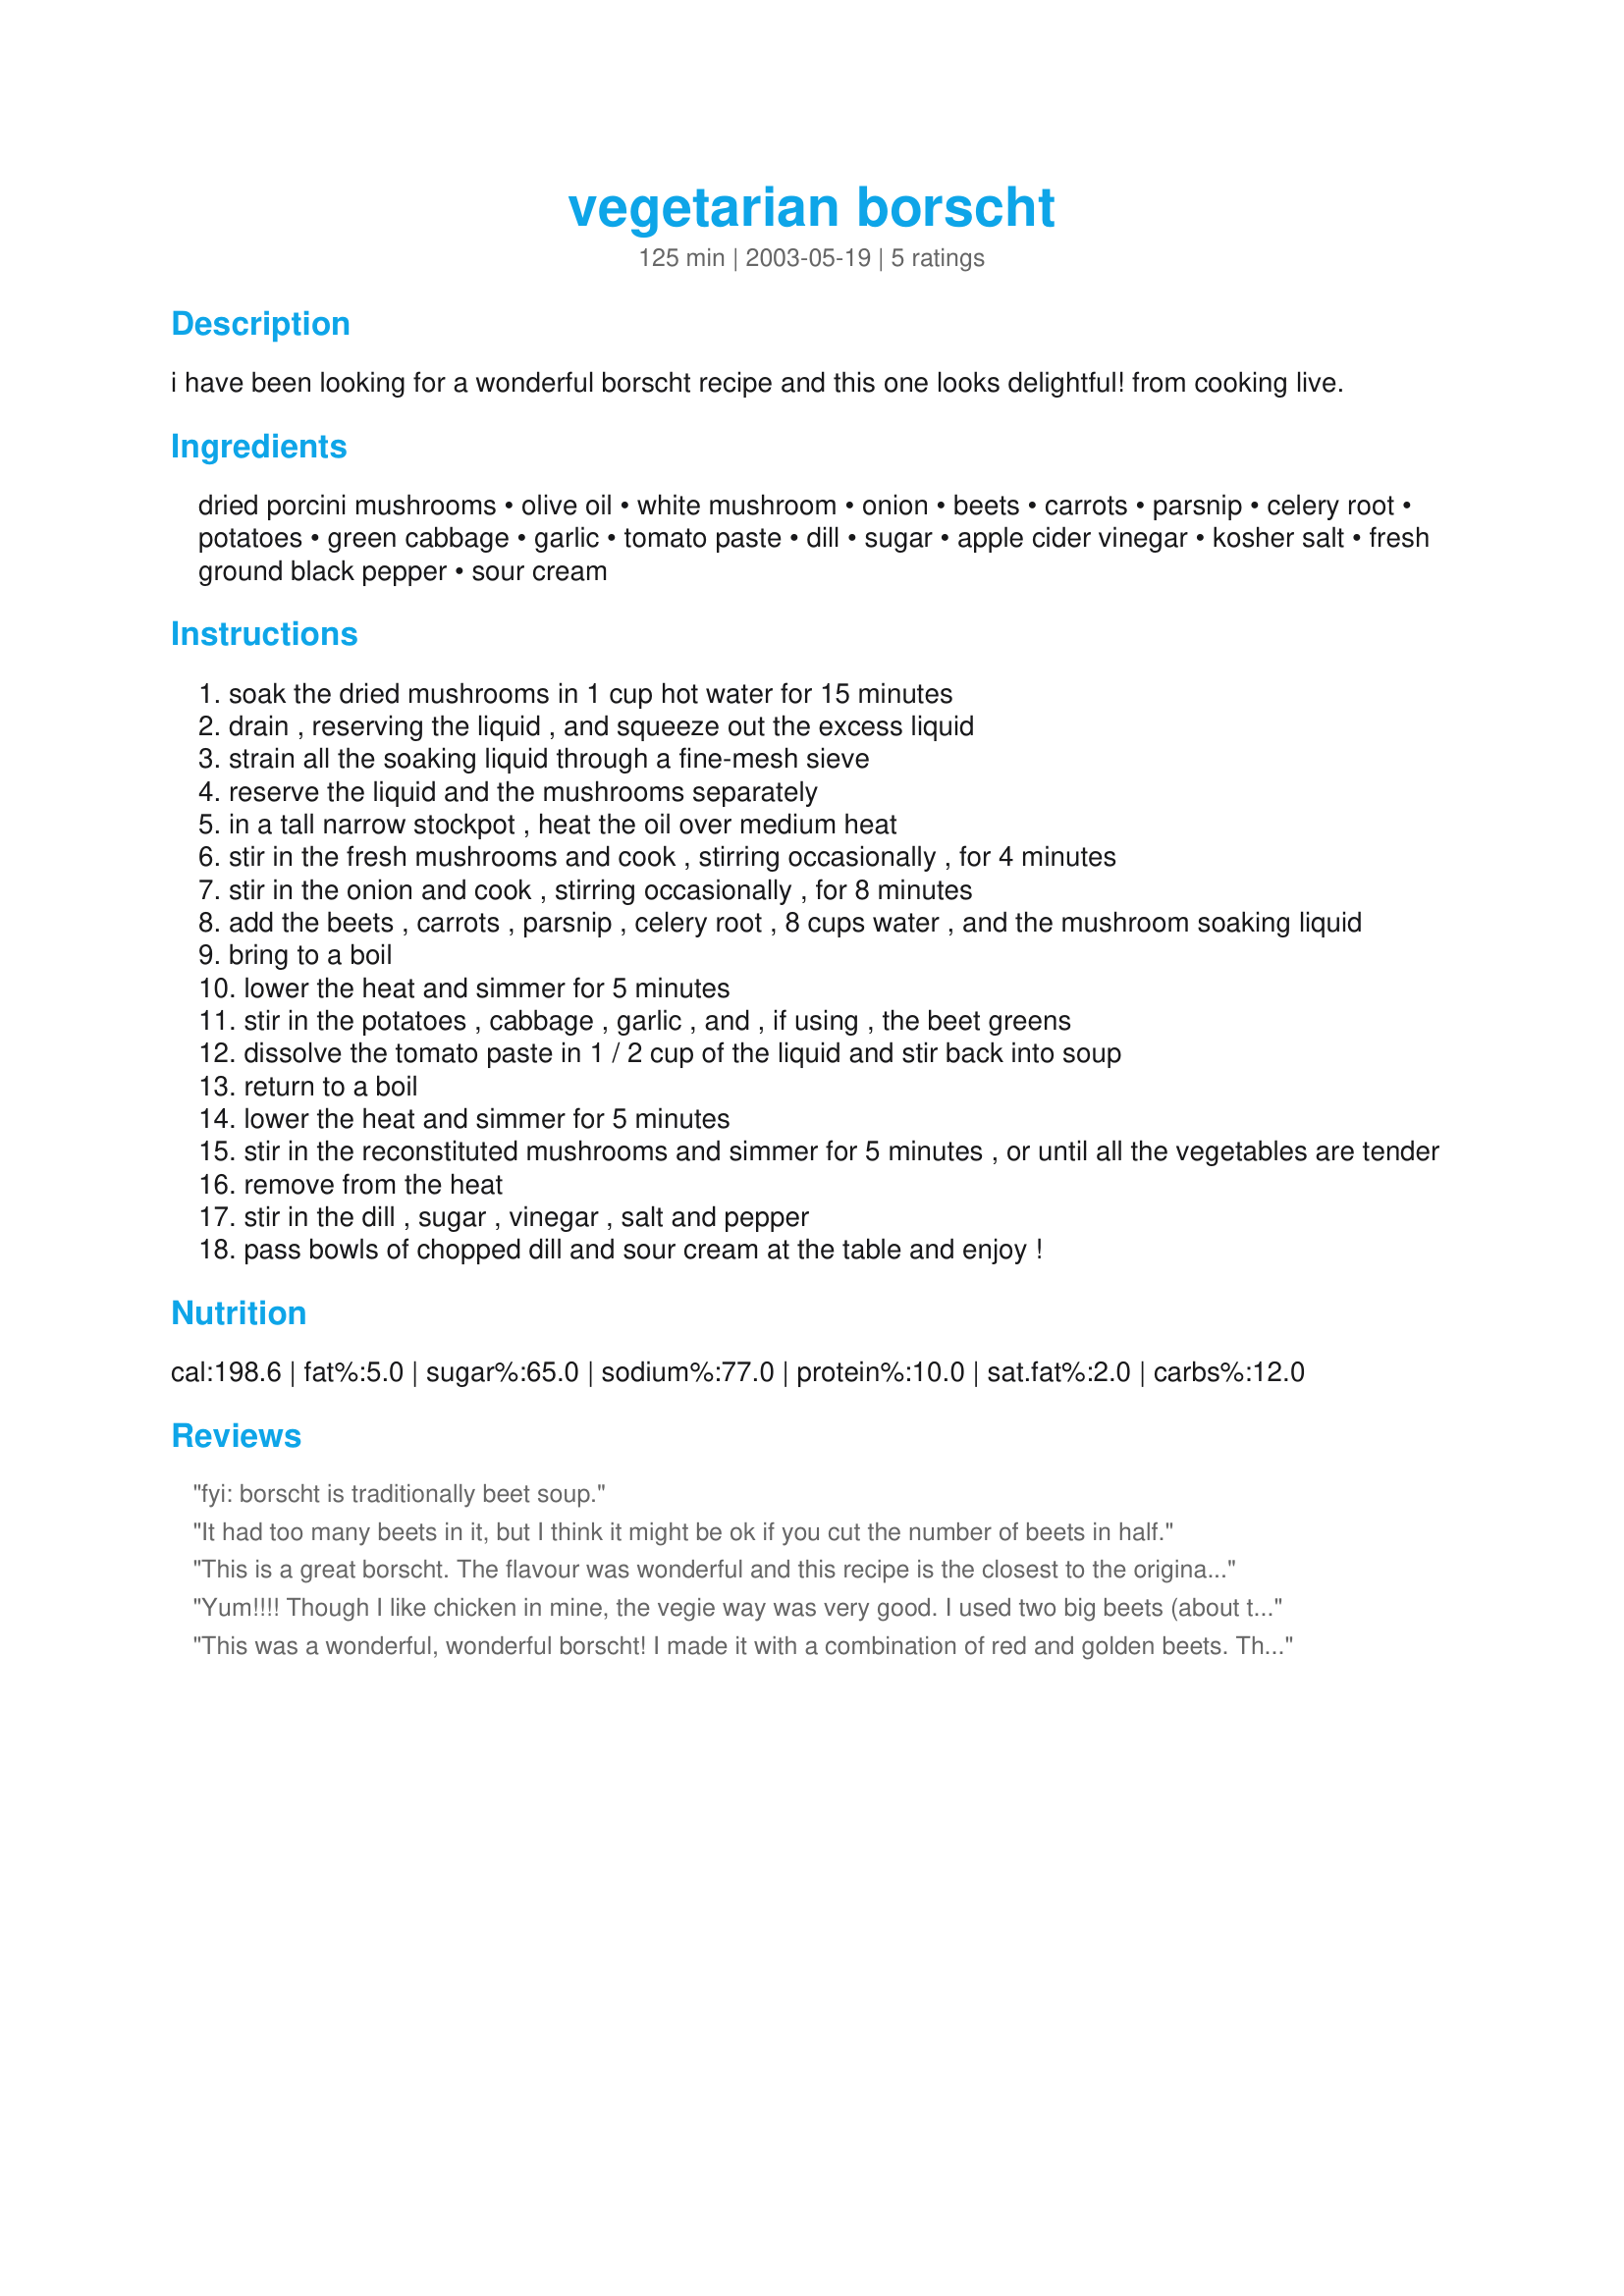
vegetarian borscht
Preparation time: 125 minutes

i have been looking for a wonderful borscht recipe and this one looks delightful! from cooking live.

Ingredients:
dried porcini mushrooms, olive oil, white mushroom, onion, beets, carrots, parsnip, celery root, potatoes, green cabbage, garlic, tomato paste, dill, sugar, apple cider vinegar, kosher salt, fresh ground black pepper, sour cream

Steps:
soak the dried mushrooms in 1 cup hot water for 15 minutes
drain , reserving the liquid , and squeeze out the excess liquid
strain all the soaking liquid through a fine-mesh sieve
reserve the liquid and the mushrooms separately
in a tall narrow stockpot , heat the oil over medium heat
stir in the fresh mushrooms and cook , stirring occasionally , for 4 minutes
stir in the onion and cook , stirring occasionally , for 8 minutes
add the beets , carrots , parsnip , celery root , 8 cups water , and the mushroom soaking liquid
bring to a boil
lower the heat and simmer for 5 minutes
stir in the potatoes , cabbage , garlic , and , if using , the beet greens
dissolve the tomato paste in 1 / 2 cup of the liquid and stir back into soup
return to a boil
lower the heat and simmer for 5 minutes
stir in the reconstituted mushrooms and simmer for 5 minutes , or until all the vegetables are tender
remove from the heat
stir in the dill , sugar , vinegar , salt and pepper
pass bowls of chopped dill and sour cream at the table and enjoy !

Reviews:
fyi: borscht is traditionally beet soup.
It had too many beets in it, but I think it might be ok if you cut the number of beets in half.
This is a great borscht. The flavour was wonderful and this recipe is the closest to the original as we've found. I did omit using the porcini mushroom soaking liquid, as that is just a personal thing with me. Everything else was done as the recipe stated. Thank you for the great recipe.
Yum!!!! Though I like chicken in mine, the vegie way was very good. I used two big beets (about the size of a small honeydew each) Never too buch beet JMHO. it was also very close to the same way my Oksanka makes it. This christmas I will get to taste real Borsch as I am told, for I will be in Lutsk having Babuska Grabovets' Borsch. Then I guess I will be able to judge.
This was a wonderful, wonderful borscht! I made it with a combination of red and golden beets. The combination of the root vegetables with the sweet and sour tomato broth seasoned with dill and garlic could not have been more delightful. I must admit I omitted the dried porcini mushrooms; also, I wasn't sure how much dill constituted a bunch, so I did that to my own taste. Since then I've been recommending this one, so hopefully it will be getting all the recognition it deserves.
